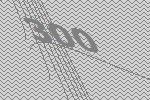
300